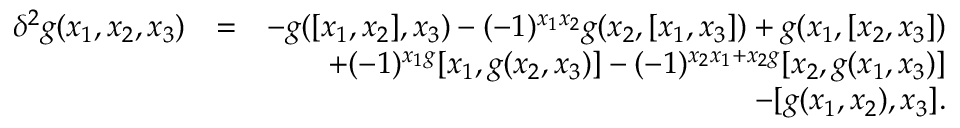
\begin{array} { r l r } { \delta ^ { 2 } g ( x _ { 1 } , x _ { 2 } , x _ { 3 } ) } & { = } & { - g ( [ x _ { 1 } , x _ { 2 } ] , x _ { 3 } ) - ( - 1 ) ^ { x _ { 1 } x _ { 2 } } g ( x _ { 2 } , [ x _ { 1 } , x _ { 3 } ] ) + g ( x _ { 1 } , [ x _ { 2 } , x _ { 3 } ] ) } \\ & { } & { + ( - 1 ) ^ { x _ { 1 } g } [ x _ { 1 } , g ( x _ { 2 } , x _ { 3 } ) ] - ( - 1 ) ^ { x _ { 2 } x _ { 1 } + x _ { 2 } g } [ x _ { 2 } , g ( x _ { 1 } , x _ { 3 } ) ] } \\ & { } & { - [ g ( x _ { 1 } , x _ { 2 } ) , x _ { 3 } ] . } \end{array}